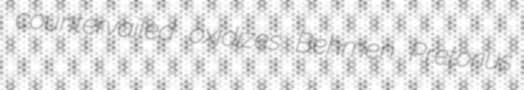
countervailed oxidizes Behmen Pretorius